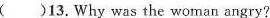
( )13.Why was the woman angry?